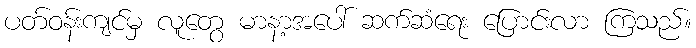
ပတ်ဝန်းကျင်မှ လူတွေ မာနာ့အပေါ် ဆက်ဆံရေး ပြောင်းလာ ကြသည်။